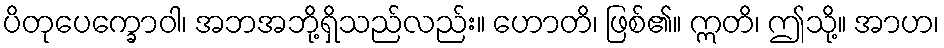
ပိတုပေက္ခောဝါ၊ အဘအဘို့ရှိသည်လည်း။ ဟောတိ၊ ဖြစ်၏။ ဣတိ၊ ဤသို့။ အာဟ၊